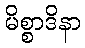
မိစ္စာဒိနာ